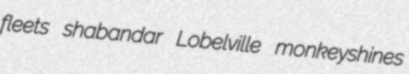
fleets shabandar Lobelville monkeyshines